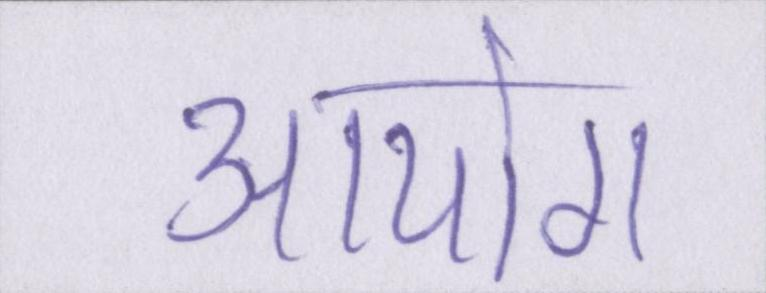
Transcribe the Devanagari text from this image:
आयोग